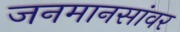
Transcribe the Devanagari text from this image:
जनमानसांवर